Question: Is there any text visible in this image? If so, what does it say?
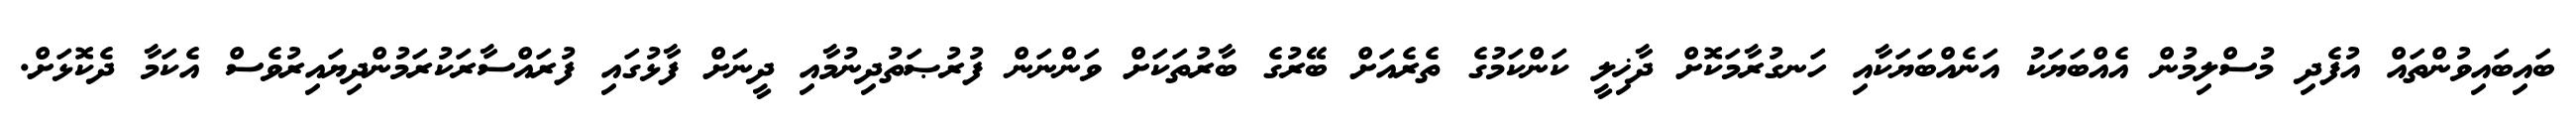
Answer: ބައިބައިވުންތައް އުފެދި މުސްލިމުން އެއްބަޔަކު އަނެއްބަޔަކާއި ހަނގުރާމަކޮށް ދާޚިލީ ކަންކަމުގެ ތެރެއަށް ބޭރުގެ ބާރުތަކަށް ވަންނަން ފުރުޞަތުދިނުމާއި ދީނަށް ފާޅުގައި ފުރައްސާރަކުރަމުންދިޔައިރުވެސް އެކަމާ ދެކޮޅަށް.